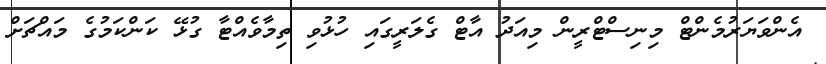
އެންވަޔަރުމެންޓް މިނިސްޓްރީން މިއަދު އާޓް ގެލަރީގައި ހުޅުވި ތިމާވެއްޓާ ގުޅޭ ކަންކަމުގެ މައްޗަށް